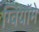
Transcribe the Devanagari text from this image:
ग्वियॉमे